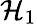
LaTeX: \mathcal{H}_{1}